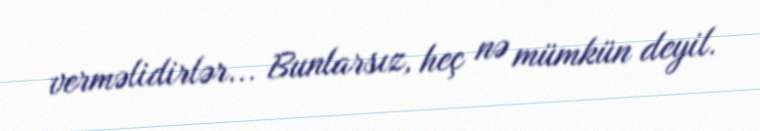
verməlidirlər... Bunlarsız, heç nə mümkün deyil.